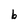
Character: b